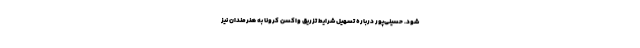
شود. حسینی‌پور درباره تسهیل شرایط تزریق واکسن کرونا به هنرمندان نیز